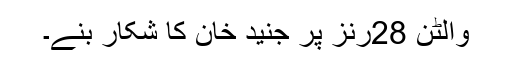
والٹن 28رنز پر جنید خان کا شکار بنے۔